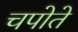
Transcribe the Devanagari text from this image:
चपोते